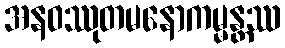
အနဝဿုတမနောကမ္မန္တဿ